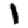
Digit: 1